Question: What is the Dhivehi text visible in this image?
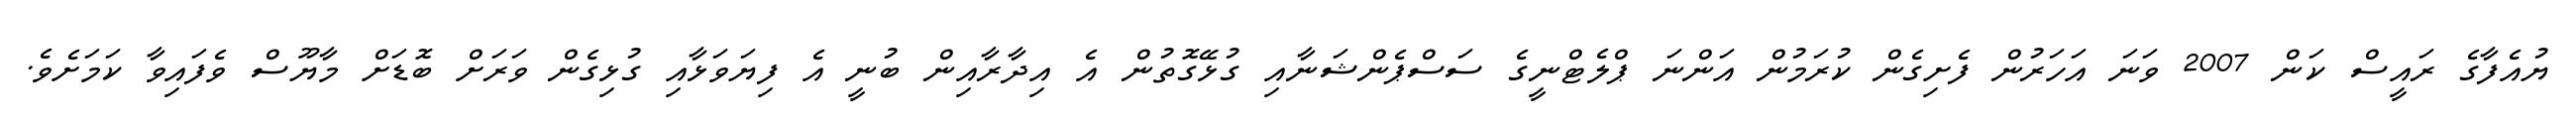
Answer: ޔުއެފާގެ ރައީސް ކަން 2007 ވަނަ އަހަރުން ފެށިގެން ކުރަމުން އަންނަ ޕްލެޓްނީގެ ސަސްޕެންޝަނާއި ގުޅޭގޮތުން އެ އިދާރާއިން ބުނީ އެ ފިޔަވަޅާއި ގުޅިގެން ވަރަށް ބޮޑަށް މާޔޫސް ވެފައިވާ ކަމަށެވެ.